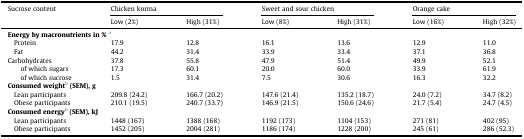
<table><thead><tr><td rowspan="2"><b>Sucrose content</b></td><td colspan="2"><b>Chicken korma</b></td><td colspan="2"><b>Sweet and sour chicken</b></td><td colspan="2"><b>Orange cake</b></td></tr><tr><td><b>Low (2%)</b></td><td><b>High (31%)</b></td><td><b>Low (8%)</b></td><td><b>High (31%)</b></td><td><b>Low (16%)</b></td><td><b>High (32%)</b></td></tr></thead><tbody><tr><td colspan="7"><b>Energy by macronutrients in %</b>a</td></tr><tr><td> Protein</td><td>17.9</td><td>12.8</td><td>16.1</td><td>13.6</td><td>12.9</td><td>11.0</td></tr><tr><td> Fat</td><td>44.2</td><td>31.4</td><td>33.9</td><td>33.4</td><td>37.1</td><td>36.8</td></tr><tr><td>Carbohydrates</td><td>37.8</td><td>55.8</td><td>47.9</td><td>51.4</td><td>49.9</td><td>52.1</td></tr><tr><td>of which sugars</td><td>17.3</td><td>60.1</td><td>20.0</td><td>60.0</td><td>33.9</td><td>61.9</td></tr><tr><td>of which sucrose</td><td>1.5</td><td>31.4</td><td>7.5</td><td>30.6</td><td>16.3</td><td>32.2</td></tr><tr><td colspan="7"><b>Consumed weight</b>b<b>(SEM), g</b></td></tr><tr><td> Lean participants</td><td>209.8 (24.2)</td><td>166.7 (20.2)</td><td>147.6 (21.4)</td><td>135.2 (18.7)</td><td>24.0 (7.2)</td><td>34.7 (8.2)</td></tr><tr><td> Obese participants</td><td>210.1 (19.5)</td><td>240.7 (33.7)</td><td>146.9 (21.5)</td><td>150.6 (24.6)</td><td>21.7 (5.4)</td><td>24.7 (4.5)</td></tr><tr><td colspan="7"><b>Consumed energy</b>b<b>(SEM), kJ</b></td></tr><tr><td> Lean participants</td><td>1448 (167)</td><td>1388 (168)</td><td>1192 (173)</td><td>1104 (153)</td><td>271 (81)</td><td>402 (95)</td></tr><tr><td> Obese participants</td><td>1452 (205)</td><td>2004 (281)</td><td>1186 (174)</td><td>1228 (200)</td><td>245 (61)</td><td>286 (52.3)</td></tr></tbody></table>